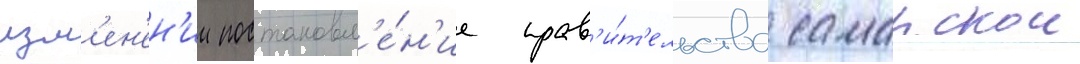
изм'ен'ен'ии постановл'е́н'ие прав'и́т'ельства самарскои